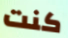
كنت